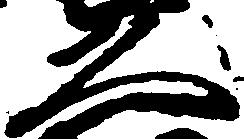
久